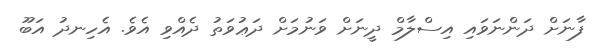
ފާނަށް ދަންނަވައި އިސްލާމް ދީނަށް ވަނުމަށް ދަޢުވަތު ދެއްވި އެވެ. އެހިނދު އަބޫ